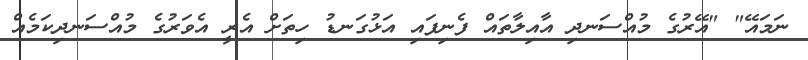
ނަމައޭ" "އޭރުގެ މުއްސަނދި އާއިލާތައް ފެނިފައި އަޅުގަނޑު ހިތަށް އެރީ އެވަރުގެ މުއްސަނދިކަމެއް